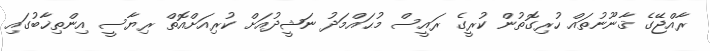
ރާއްޖޭގެ ޤާނޫނުތައް ހުރިގޮތުން ކުރީގެ ރައީސް މުޙައްމަދު ނަޝީދުއަށް ކުރިއަށްއޮތް ރިޔާސީ އިންތިޚާބުގައި